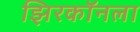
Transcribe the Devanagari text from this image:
झिरकॉनला